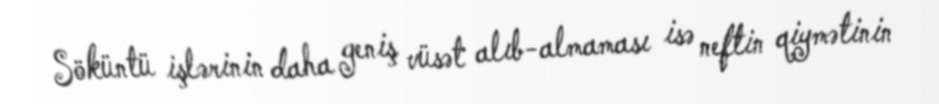
Söküntü işlərinin daha geniş vüsət alıb-almaması isə neftin qiymətinin